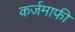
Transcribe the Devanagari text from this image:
कर्जमाफी